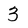
Character: 3